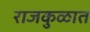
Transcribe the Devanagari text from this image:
राजकुळात